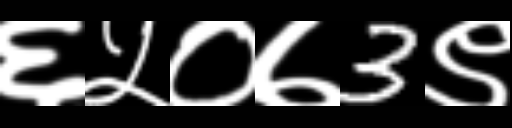
Text: ६५०७3९